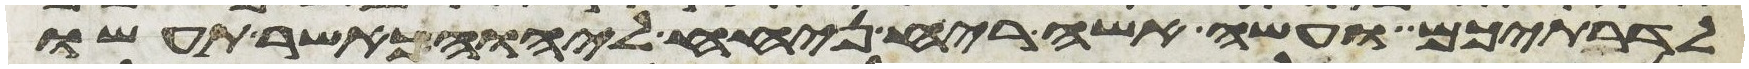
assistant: לדרתיכם ועשה אשה ריח ניחח ליהוה כאשר תעשו